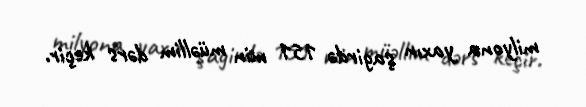
milyona yaxın şagirdə 151 min müəllim dərs keçir.